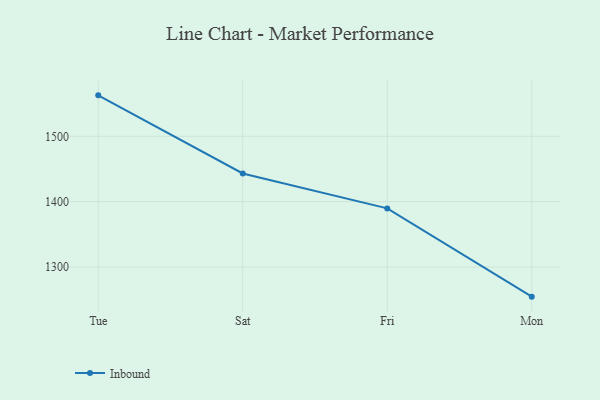
{"axis": {"x": "Day", "y": "Budget (USD K)"}, "legend": ["Inbound"], "data": [{"x": "Tue", "y": 1562.7, "type": "Inbound"}, {"x": "Sat", "y": 1443.1, "type": "Inbound"}, {"x": "Fri", "y": 1389.7, "type": "Inbound"}, {"x": "Mon", "y": 1254.6, "type": "Inbound"}]}